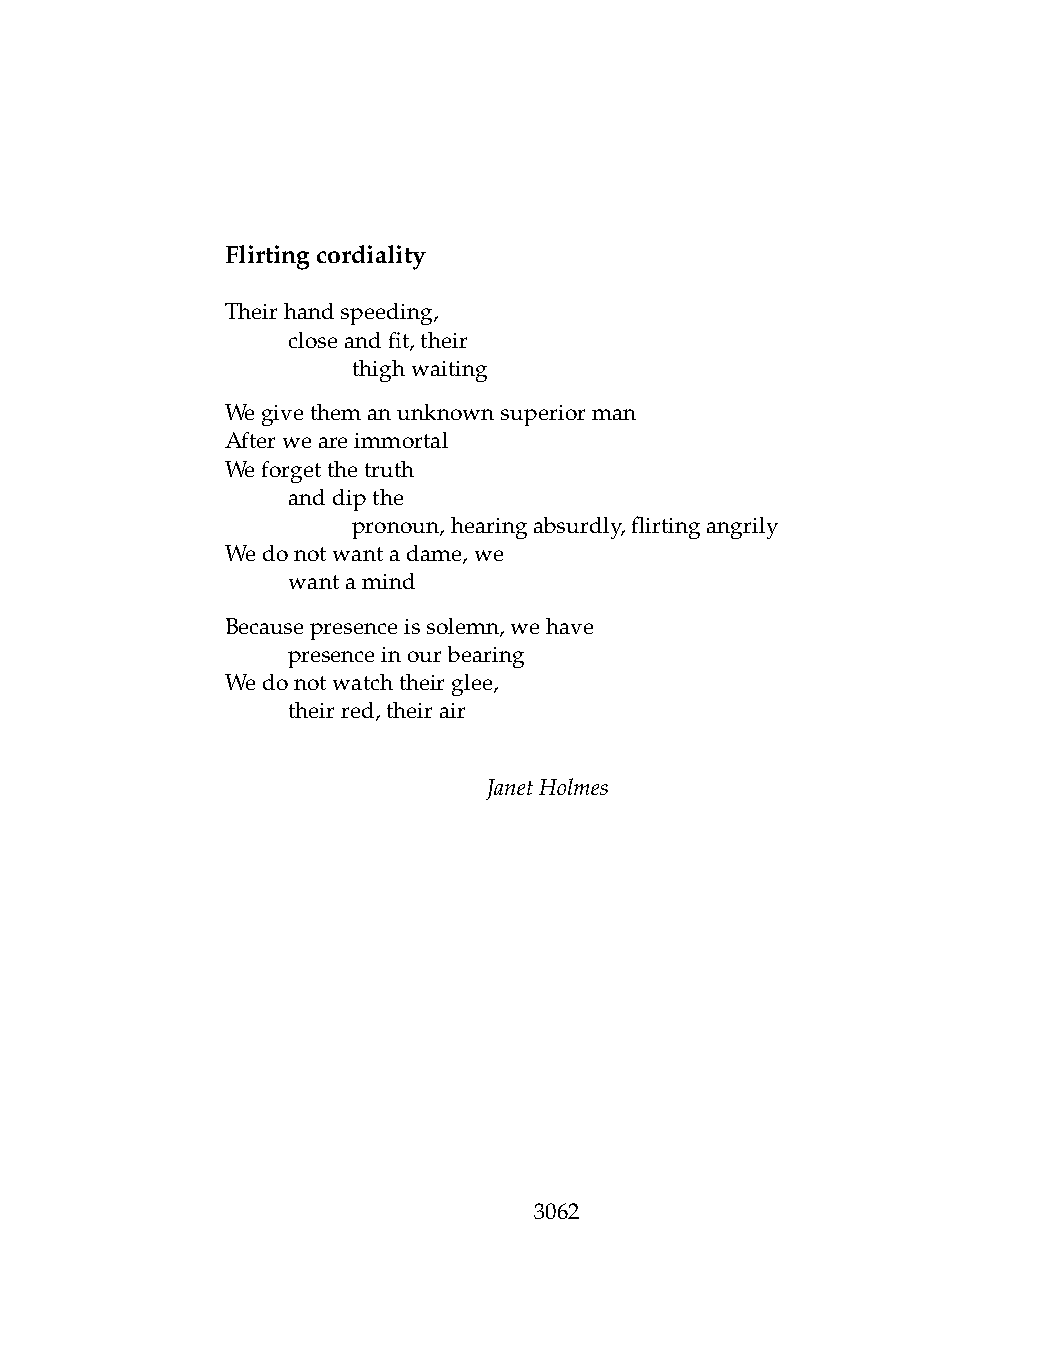
Flirtingcordiality
 Theirhandspeeding,
 .   closeandfit,their
 .   .   thighwaiting
 Wegivethemanunknownsuperiorman
 Afterweareimmortal
 Weforgetthetruth
 .   anddipthe
 .   .   pronoun,hearingabsurdly,flirtingangrily
 Wedonotwantadame,we
 .   wantamind
 Becausepresenceissolemn,wehave
 .   presenceinourbearing
 Wedonotwatchtheirglee,
 .   theirred,theirair
 JanetHolmes
 3062